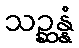
သဉ္ဆန္နံ